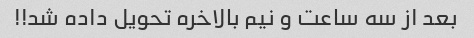
بعد از سه ساعت و نیم بالاخره تحویل داده شد!!